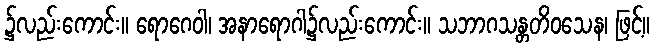
၌လည်းကောင်း။ ရောဂေဝါ၊ အနာရောဂါ၌လည်းကောင်း။ သဘာဂသန္တတိဝသေန၊ ဖြင့်။